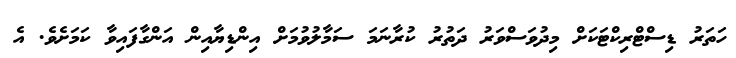
ހަތަރު ޑިސްޓްރިކްޓަކަށް މިދުވަސްވަރު ދަތުރު ކުރާނަމަ ސަމާލުވުމަށް އިންޑިޔާއިން އަންގާފައިވާ ކަމަށެވެ. އެ